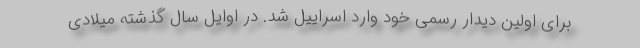
برای اولین دیدار رسمی خود وارد اسراییل شد. در اوایل سال گذشته میلادی